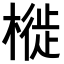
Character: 𣘩